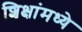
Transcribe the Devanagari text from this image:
शिक्षांमध्ये